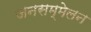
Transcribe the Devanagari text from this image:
जनसम्मेलन